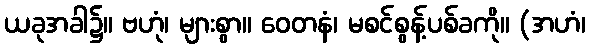
ယခုအခါ၌။ ဗဟုံ၊ များစွာ။ ဝေတနံ၊ မစင်စွန့်ပစ်ခကို။ (အဟံ၊